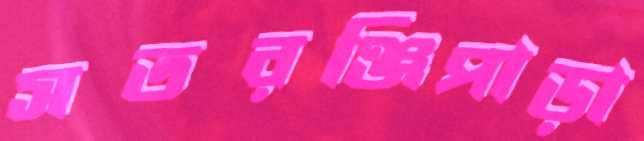
সতরঞ্জিপাড়া